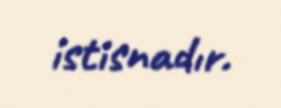
istisnadır.